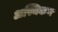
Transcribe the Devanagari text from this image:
अस्थिकण